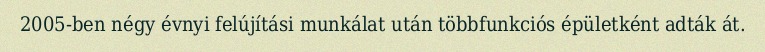
2005-ben négy évnyi felújítási munkálat után többfunkciós épületként adták át.